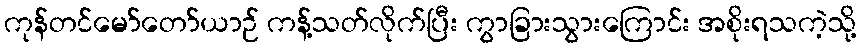
ကုန်တင်မော်တော်ယာဉ် ကန့်သတ်လိုက်ပြီး ကွာခြားသွားကြောင်း အစိုးရသကဲ့သို့